Madras plague regulations and rules - Volume 2
Disease focus: Plague
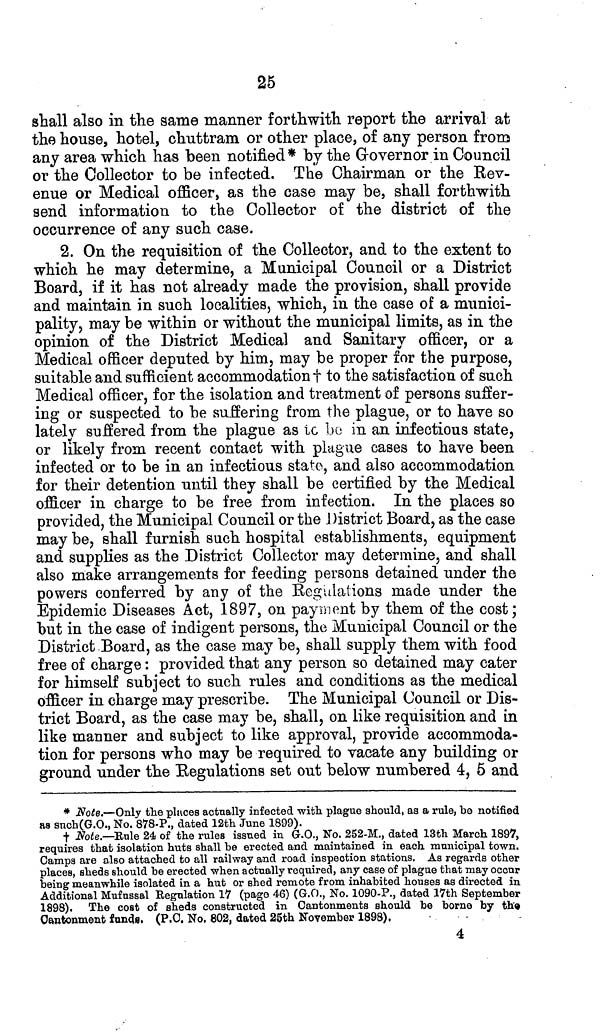
25
shall also in the same manner forthwith report the arrival at
the house, hotel, chuttram or other place, of any person from
any area which has been notified* by the Governor in Council
or the Collector to be infected. The Chairman or the Rev-
enue or Medical officer, as the case may be, shall forthwith
send information to the Collector of the district of the
occurrence of any such case.
2. On the requisition of the Collector, and to the extent to
which he may determine, a Municipal Council or a District
Board, if it has not already made the provision, shall provide
and maintain in such localities, which, in the case of a munici-
pality, may be within or without the municipal limits, as in the
opinion of the District Medical and Sanitary officer, or a
Medical officer deputed by him, may be proper for the purpose,
suitable and sufficient accommodation † to the satisfaction of such
Medical officer, for the isolation and treatment of persons suffer-
ing or suspected to be suffering from the plague, or to have so
lately suffered from the plague as to be in an infectious state,
or likely from recent contact with plague cases to have been
infected or to be in an infectious state, and also accommodation
for their detention until they shall be certified by the Medical
officer in charge to be free from infection. In the places so
provided, the Municipal Council or the District Board, as the case
may be, shall furnish such hospital establishments, equipment
and supplies as the District Collector may determine, and shall
also make arrangements for feeding persons detained under the
powers conferred by any of the Regulations made under the
Epidemic Diseases Act, 1897, on payment by them of the cost;
but in the case of indigent persons, the Municipal Council or the
District Board, as the case may be, shall supply them with food
free of charge: provided that any person so detained may cater
for himself subject to such rules and conditions as the medical
officer in charge may prescribe. The Municipal Council or Dis-
trict Board, as the case may be, shall, on like requisition and in
like manner and subject to like approval, provide accommoda-
tion for persons who may be required to vacate any building or
ground under the Regulations set out below numbered 4, 5 and
* Note.—Only the places actually infected with plague should, as a rule, be notified
as snch (G.O., No. 878-P., dated 12th June 1899).
† Note.—Rule 24 of the rules issued in G.O., No. 252-M., dated 13th March 1897,
requires that isolation huts shall be erected and maintained in each municipal town.
Camps are also attached to all railway and road inspection stations. As regards other
places, sheds should be erected when actually required, any case of plague that may occur
being meanwhile isolated in a hut or shed remote from inhabited houses as directed in
Additional Mufnssal Regulation 17 (page 46) (G.O., No. 1090-P., dated 17th September
1898). The cost of sheds constructed in Cantonments should be borne by the
Cantonment funds. (P.O. No. 802, dated 25th November 1898),
4